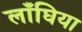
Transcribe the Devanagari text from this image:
लाँघिया